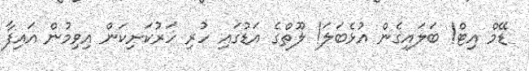
ޑޭމް އިޓް! ބަލައިގެން އުޅެބަލަ! ލޫތްގެ އަޑުގައި ހުރި ހަރުކަށިކަން އިވިމުން އައިފާ